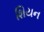
શિયન